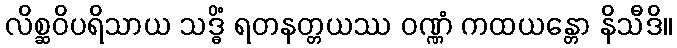
လိစ္ဆဝိပရိသာယ သဒ္ဓိံ ရတနတ္တယဿ ဝဏ္ဏံ ကထယန္တော နိသီဒိ။